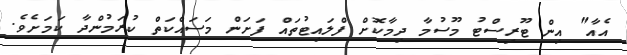
އެއާ" އިން ޓޫރިސްޓު މޫސުމާ ދިމާކޮށް ފްލައިޓުތައް ފަށަން މަސައްކަތް ކުރަމުންދާ ކަމަށެވެ.